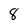
Character: 8